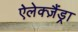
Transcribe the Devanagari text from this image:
ऐलेक्ज़ैंड्रा